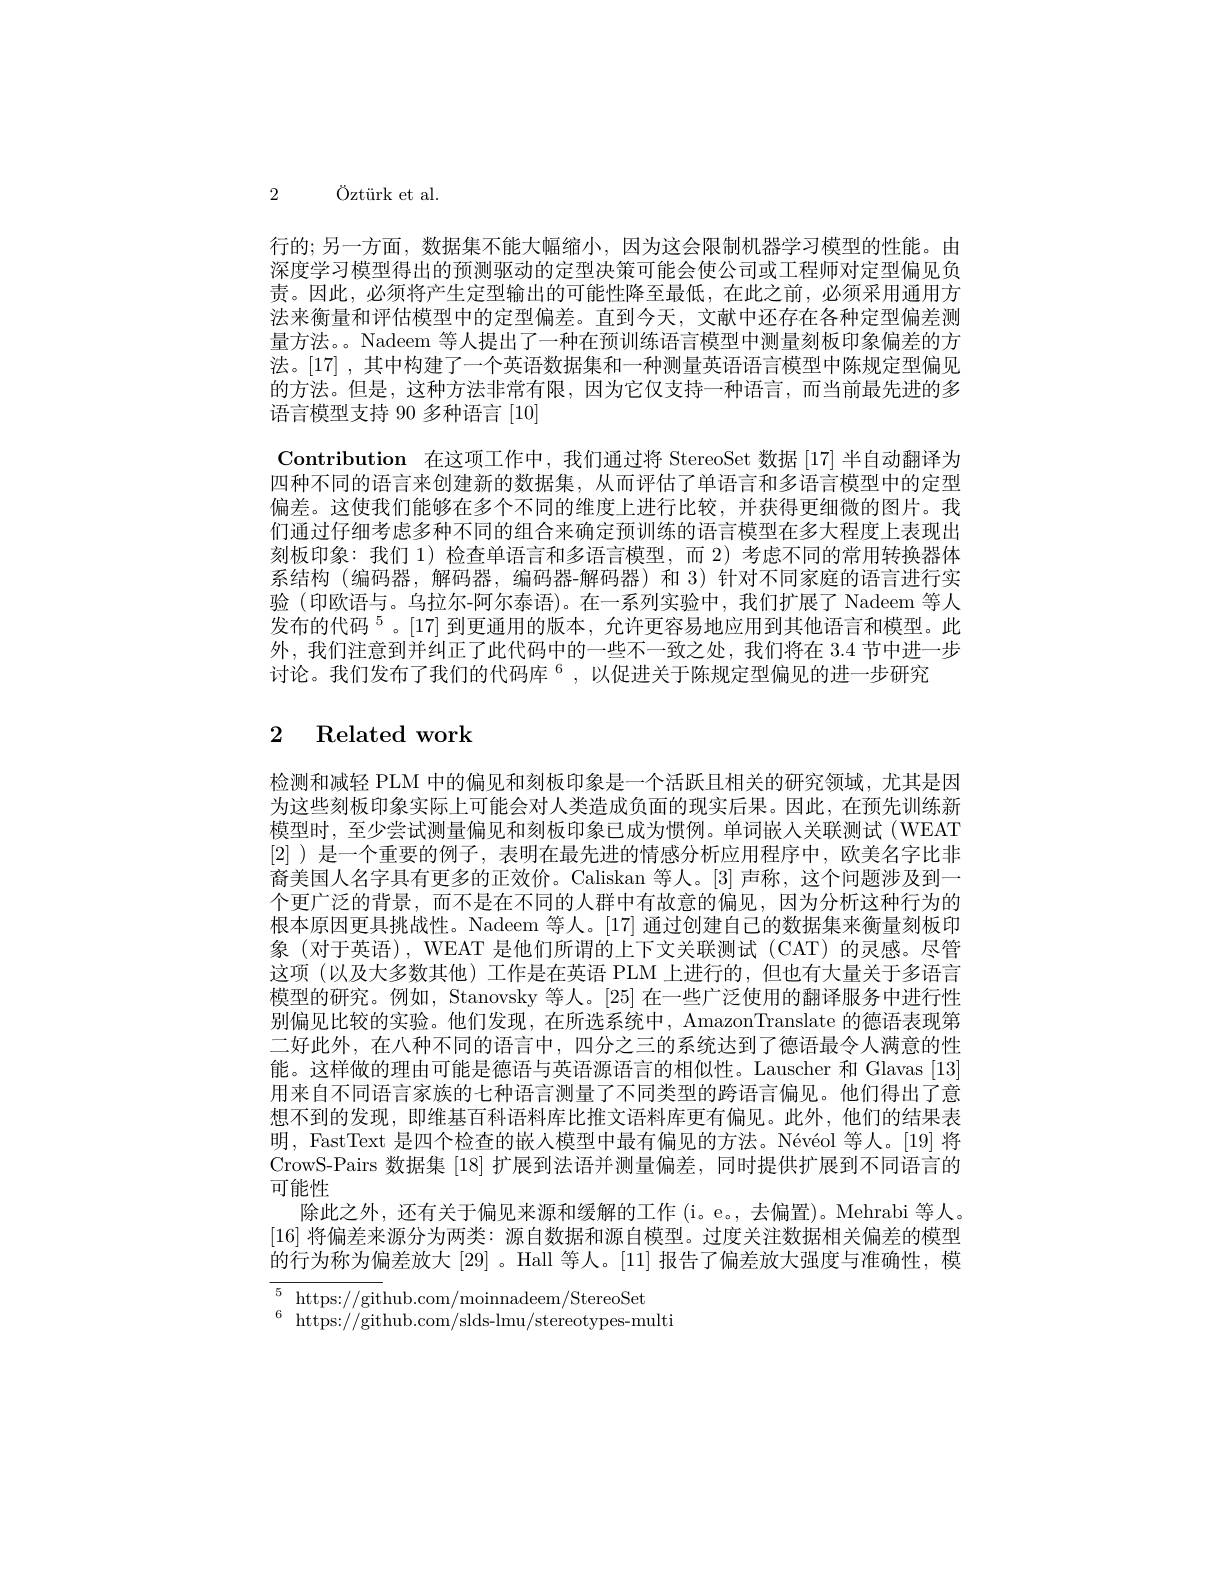
2 Öztürk et al.

行的；另一方面，数据集不能大幅缩小，因为这会限制机器学习模型的性能。由深度学习模型得出的预测驱动的定型决策可能会使公司或工程师对定型偏见负责。因此，必须将产生定型输出的可能性降至最低，在此之前，必须采用通用方法来衡量和评估模型中的定型偏差。直到今天，文献中还存在各种定型偏差测量方法。。Nadeem 等人提出了一种在预训练语言模型中测量刻板印象偏差的方法。[17] ,其中构建了一个英语数据集和一种测量英语语言模型中陈规定型偏见的方法。但是，这种方法非常有限，因为它仅支持一种语言，而当前最先进的多语言模型支持 90 多种语言[10]
Contribution 在这项工作中，我们通过将 StereoSet 数据 [17] 半自动翻译为四种不同的语言来创建新的数据集，从而评估了单语言和多语言模型中的定型偏差。这使我们能够在多个不同的维度上进行比较，并获得更细微的图片。我们通过仔细考虑多种不同的组合来确定预训练的语言模型在多大程度上表现出刻板印象：我们 1) 检查单语言和多语言模型，而 2) 考虑不同的常用转换器体系结构(编码器，解码器，编码器-解码器)和 3)针对不同家庭的语言进行实验 (印欧语与。乌拉尔-阿尔泰语)。在一系列实验中，我们扩展了 Nadeem 等人发布的代码$^5$。[17] 到 更 通 用 的 版 本 , 允 许 更 容 易 地 应 用 到 其 他 语 言 和 模 型 。此 外，我们注意到并纠正了此代码中的一些不一致之处，我们将在 3.4 节中进一步讨论。我们发布了我们的代码库$^6$,以促进关于陈规定型偏见的进一步研究

# 2 Related work

检测和减轻 PLM 中的偏见和刻板印象是一个活跃且相关的研究领域，尤其是因为这些刻板印象实际上可能会对人类造成负面的现实后果。因此，在预先训练新模型时，至少尝试测量偏见和刻板印象已成为惯例。单词嵌人关联测试(WEAT [2] )是一个重要的例子，表明在最先进的情感分析应用程序中，欧美名字比非裔美国人名字具有更多的正效价。Caliskan 等人。[3] 声称，这个问题涉及到一个更广泛的背景，而不是在不同的人群中有故意的偏见，因为分析这种行为的根本原因更具挑战性。Nadeem 等人。[17] 通过创建自己的数据集来衡量刻板印象(对于英语), WEAT 是他们所谓的上下文关联测试(CAT) 的灵感。尽管这项(以及大多数其他)工作是在英语 PLM 上进行的，但也有大量关于多语言模型的研究。例如，Stanovsky 等人。[25] 在一些广泛使用的翻译服务中进行性别偏见比较的实验。他们发现，在所选系统中，AmazonTranslate 的德语表现第二好此外，在八种不同的语言中，四分之三的系统达到了德语最令人满意的性能。这样做的理由可能是德语与英语源语言的相似性。Lauscher 和 Glavas [13] 用来自不同语言家族的七种语言测量了不同类型的跨语言偏见。他们得出了意想不到的发现，即维基百科语料库比推文语料库更有偏见。此外，他们的结果表明，FastText 是四个检查的嵌人模型中最有偏见的方法。Névéol 等人。[19] 将CrowS-Pairs 数据集 [18] 扩展到法语并测量偏差，同时提供扩展到不同语言的可能性
除此之外，还有关于偏见来源和缓解的工作 (i。e。, 去偏置)。Mehrabi 等人。[16]将偏差来源分为两类：源自数据和源自模型。过度关注数据相关偏差的模型的行为称为偏差放大 [29]。Hall 等人。[11] 报告了偏差放大强度与淮确性，模${\overline{5\:\mathrm{https://github.com/moinnadeem/StereoSet}}}$

$^{6}$ https: / / github. com/ slds- lmu/ stereotypes- multi